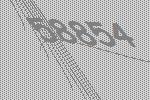
58854